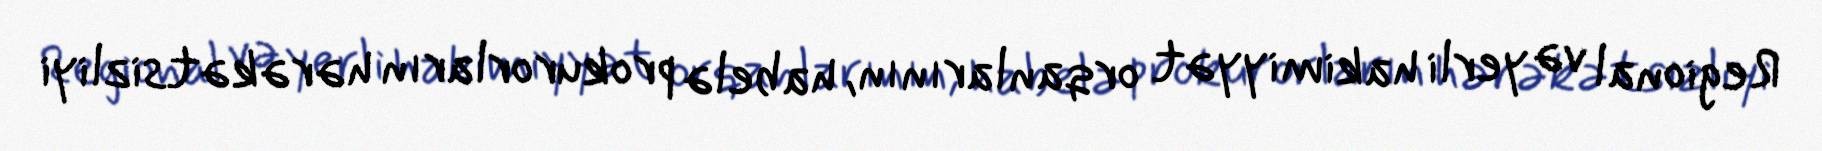
Regional və yerli hakimiyyət orqanlarının, habelə prokurorların hərəkətsizliyi